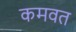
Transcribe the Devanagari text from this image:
कमवत